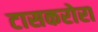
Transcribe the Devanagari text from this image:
टासकरोरा